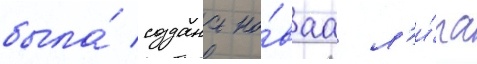
была́ создана но́ваа л'и́га